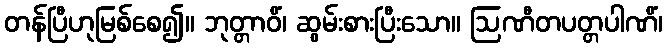
တန်ပြီဟုမြစ်စေ၍။ ဘုတ္တာဝိံ၊ ဆွမ်းစားပြီးသော။ ဩဏီတပတ္တပါဏိံ၊